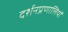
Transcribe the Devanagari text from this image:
दर्शनप्रणालियों